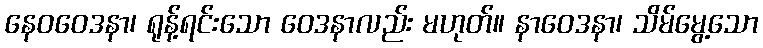
နေဝဝေဒနာ၊ ရုန့်ရင်းသော ဝေဒနာလည်း မဟုတ်။ နာဝေဒနာ၊ သိမ်မွေ့သော